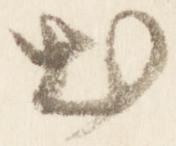
出